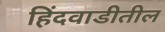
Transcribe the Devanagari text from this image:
हिंदवाडीतील